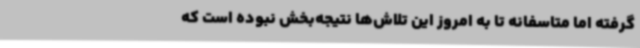
گرفته اما متاسفانه تا به امروز این تلاش‌ها نتیجه‌بخش نبوده است که